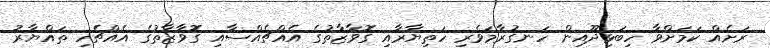
ރަށެއް ކަމަށްވާ ހިބަޅިދޫއިން ހަނގުރާމަވެރި ހަތިޔާރާއި ގޮވާޒާތުގެ އެއްޗެއްސާއި ގޮވާޒާތުގެ އެއްޗެހި ތައްޔާރު